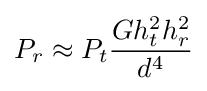
P_{r}\approx P_{t}{\frac {Gh_{t}^{2}h_{r}^{2}}{d^{4}}}